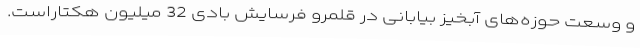
و وسعت حوزه‌های آبخیز بیابانی در قلمرو فرسایش بادی 32 میلیون هکتاراست.